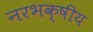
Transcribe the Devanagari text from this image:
नरभक्षीय